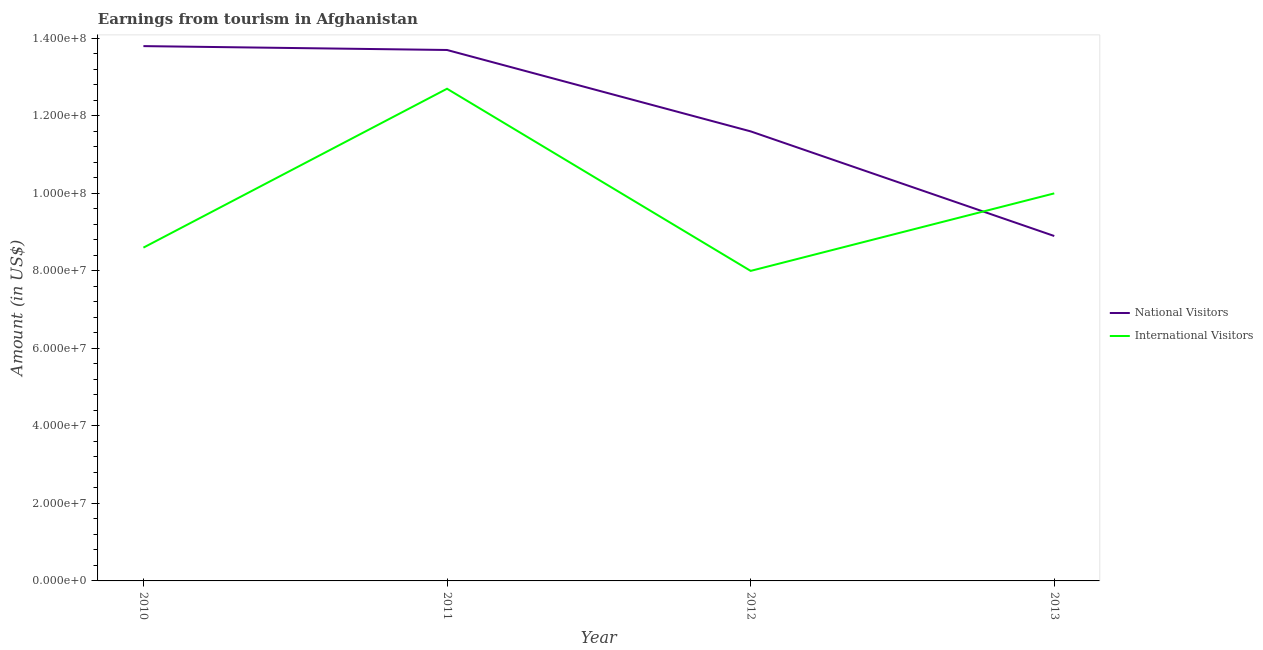
| Year | National Visitors | International Visitors |
 | --- | --- | --- |
 | 2010 | 1.38e+08 | 8.6e+07 |
 | 2011 | 1.37e+08 | 1.27e+08 |
 | 2012 | 1.16e+08 | 8e+07 |
 | 2013 | 8.9e+07 | 1e+08 |